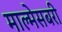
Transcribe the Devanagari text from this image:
माल्मेसबरी